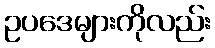
ဥပဒေများကိုလည်း